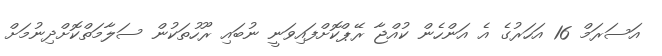
އަސަރަމް 16 އަހަރުގެ އެ އަންހެން ކުއްޖާ ރޭޕްކޮށްފައިވަނީ ނުބައި ރޫހުތަކުން ސަލާމަތްކޮށްދިނުމަށް